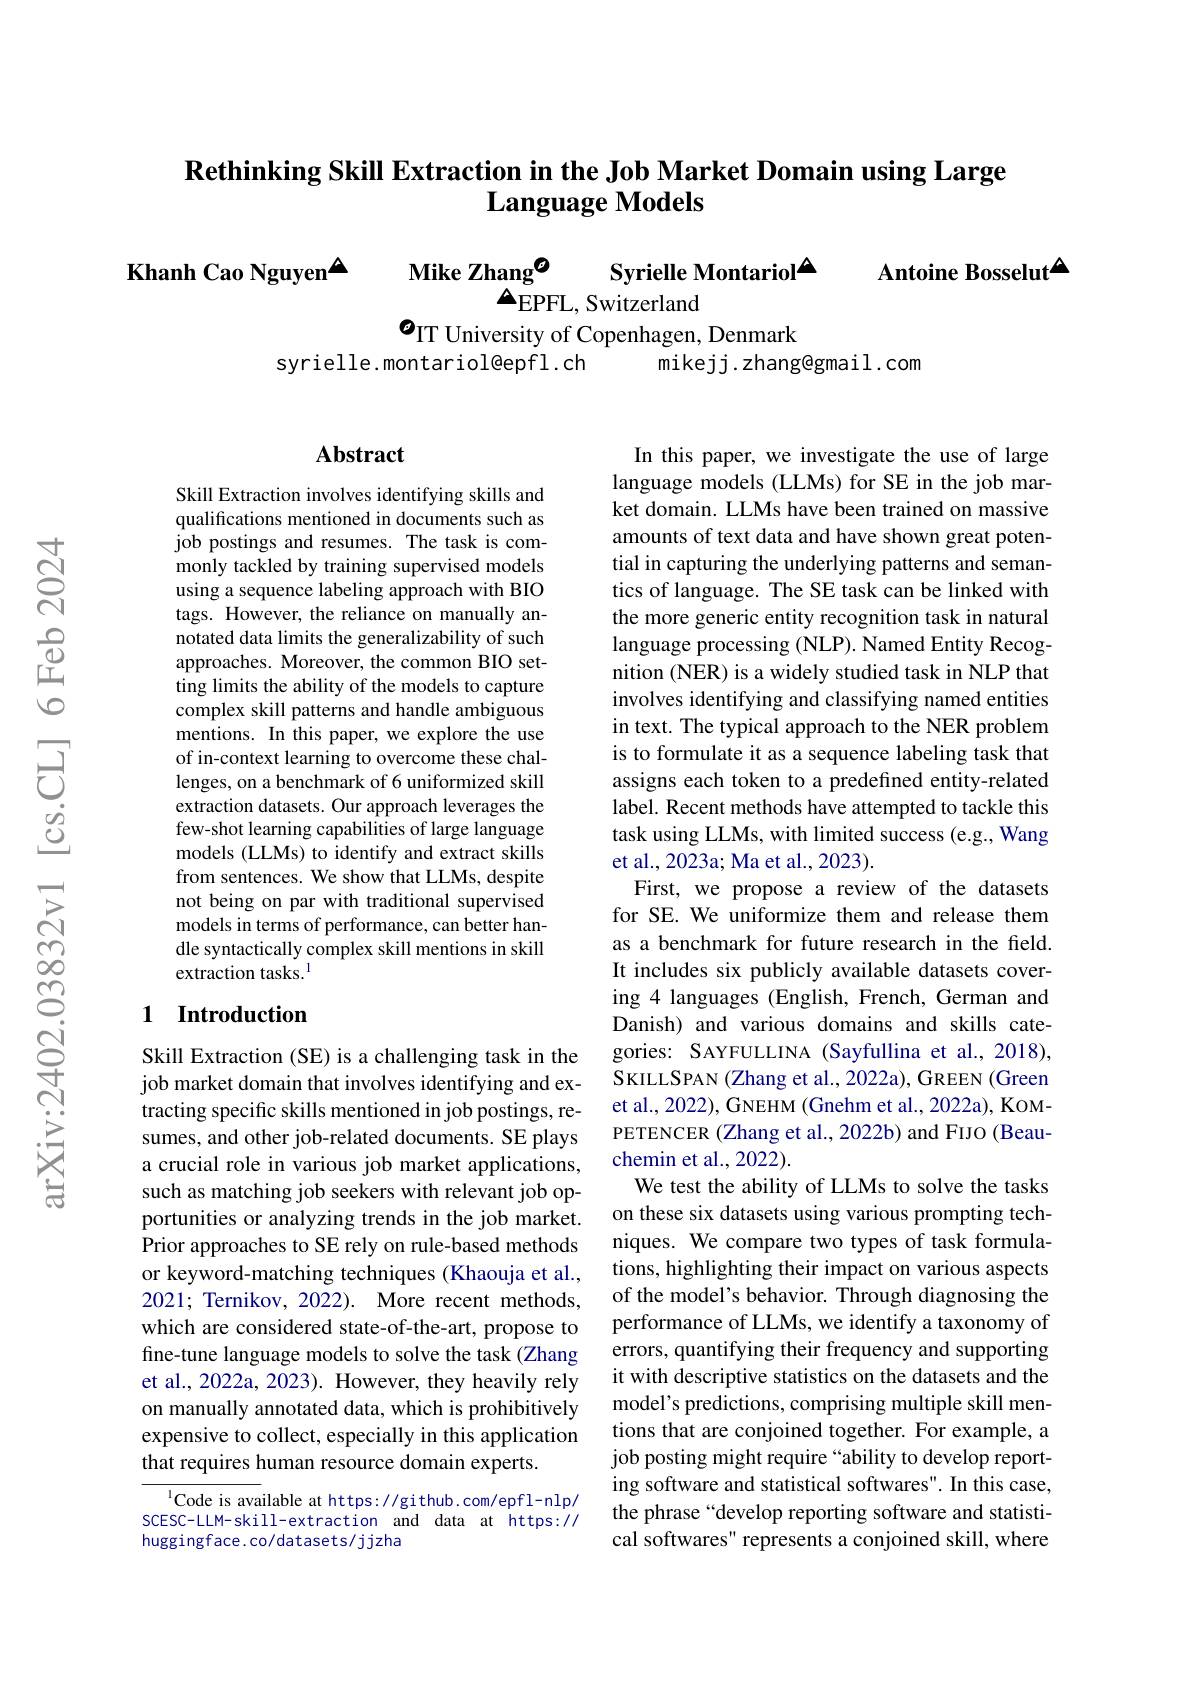
## $\textbf{Rethinking Skill Extraction in the Job Market Domain using Large}$ $\textbf{Language Models}$

Khanh Cao Nguyen$^{\textcircled{\mathrm{\Delta}}}$ Mike Zhang$^{\textcircled{\mathrm{O}}}$
Syrielle Montariol$^{\Delta}$
$\Delta_{\mathrm{EPFL,~Switzerland}}$
$o_\mathrm{IT~University~of~Copenhagen,~Denmark}$

Antoine Bosselut$^{\Delta}$
syrielle.montariol@epfl.ch

mikejj.zhang@gmail.com

## Abstract

Skill Extraction involves identifying skills and qualifications mentioned in documents such as job postings and resumes. The task is commonly tackled by training supervised models using a sequence labeling approach with BIO tags. However, the reliance on manually annotated data limits the generalizability of such approaches. Moreover, the common BIO setting limits the ability of the models to capture complex skill patterns and handle ambiguous mentions. In this paper, we explore the use of in-context learning to overcome these challenges, on a benchmark of 6 uniformized skill extraction datasets. Our approach leverages the few-shot learning capabilities of large language models (LLMs) to identify and extract skills from sentences. We show that LLMs, despite not being on par with traditional supervised models in terms of performance, can better handle syntactically complex skill mentions in skill extraction tasks.$^{\mathrm{l}}$

## 1 Introduction

Skill Extraction (SE) is a challenging task in the job market domain that involves identifying and extracting specific skills mentioned in job postings, resumes, and other job-related documents. SE plays a crucial role in various job market applications, such as matching job seekers with relevant job opportunities or analyzing trends in the job market. Prior approaches to SE rely on rule-based methods or keyword-matching techniques (Khaouja et al., 2021; Ternikov, 2022). More recent methods, which are considered state-of-the-art, propose to fine-tune language models to solve the task (Zhang et al., 2022a, 2023). However, they heavily rely on manually annotated data, which is prohibitively expensive to collect, especially in this application that requires human resource domain experts.

$^{1}$Code is available at https://github.com/epfl-nlp/ SCESC-LLM-skill-extraction and data at https:// huggingface. co/datasets/jjzha

In this paper, we investigate the use of large language models (LLMs) for SE in the job market domain. LLMs have been trained on massive amounts of text data and have shown great potential in capturing the underlying patterns and semantics of language. The SE task can be linked with the more generic entity recognition task in natural language processing (NLP). Named Entity Recognition (NER) is a widely studied task in NLP that involves identifying and classifying named entities in text. The typical approach to the NER problem is to formulate it as a sequence labeling task that assigns each token to a predefined entity-related label. Recent methods have attempted to tackle this task using LLMs, with limited success (e.g., Wang et al., 2023a; Ma et al., 2023).
First, we propose a review of the datasets for SE. We uniformize them and release them as a benchmark for future research in the field. It includes six publicly available datasets covering 4 languages (English, French, German and Danish) and various domains and skills categories: SAYFULLINA (Sayfullina et al., 2018), SKILLSPAN (Zhang et al., 2022a), GREEN (Green et al., 2022), GNEHM (Gnehm et al., 2022a), KoMPETENCER (Zhang et al., 2022b) and FIJO (Beauchemin et al., 2022).
We test the ability of LLMs to solve the tasks on these six datasets using various prompting techniques. We compare two types of task formulations, highlighting their impact on various aspects of the model's behavior. Through diagnosing the performance of LLMs, we identify a taxonomy of errors, quantifying their frequency and supporting it with descriptive statistics on the datasets and the model's predictions, comprising multiple skill mentions that are conjoined together. For example, a job posting might require “ability to develop reporting software and statistical softwares". In this case, the phrase“develop reporting software and statistical softwares" represents a conjoined skill, where